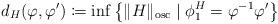
LaTeX: \begin{align*} d_H(\varphi,\varphi')\coloneqq \inf \left\{ \|H\|_{\mathrm{osc}} \mid \phi^H_1=\varphi^{-1}\varphi'\right\} \end{align*}